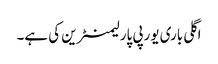
اگلی باری یورپی پارلیمنٹرین کی ہے۔